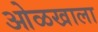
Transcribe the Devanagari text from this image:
ओळखाला